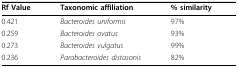
<table><thead><tr><td><b>Rf Value</b></td><td><b>Taxonomic affiliation</b></td><td><b>% similarity</b></td></tr></thead><tbody><tr><td>0.421</td><td><i>Bacteroides uniformis</i></td><td>97%</td></tr><tr><td>0.259</td><td><i>Bacteroides ovatus</i></td><td>93%</td></tr><tr><td>0.273</td><td><i>Bacteroides vulgatus</i></td><td>99%</td></tr><tr><td>0.236</td><td><i>Parabacteroides distasonis</i></td><td>82%</td></tr></tbody></table>